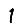
Digit: 1